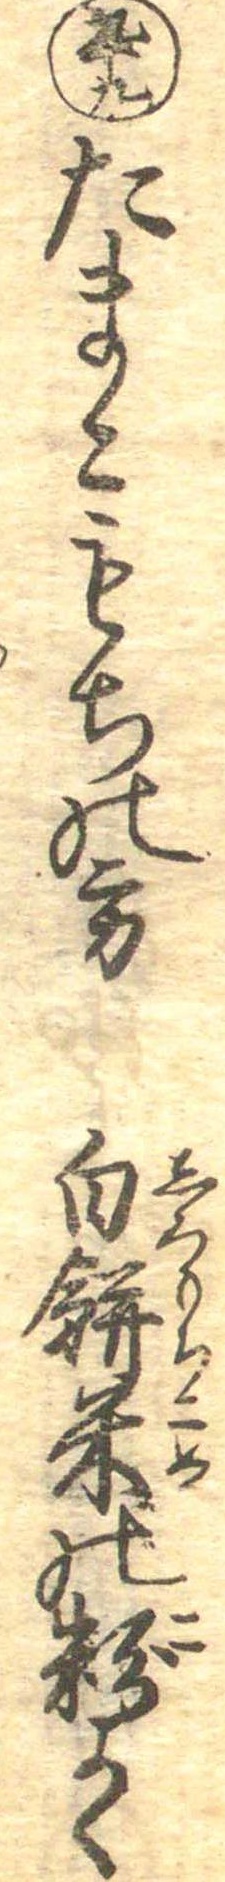
九十九たまこもちの方白餅米の粉よく